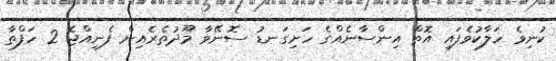
ކުނިވެ ހަލާކުވެފައި އޮތް އިންސާނެއްގެ ހަށިގަނޑު ސޮނޭވާ މޫދުތެރެއިން ފެނިއްޖެ 2 ހަފްތާ